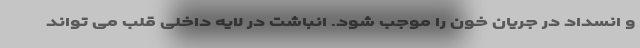
و انسداد در جریان خون را موجب شود. انباشت در لایه داخلی قلب می تواند